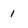
Character: I